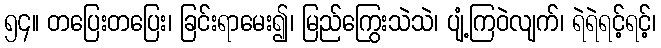
၅၄။ တပြေးတပြေး၊ ခြင်းရာမေး၍၊ မြည်ကြွေးသဲသဲ၊ ပျံ့ကြဝဲလျက်၊ ရဲရဲရင့်ရင့်၊